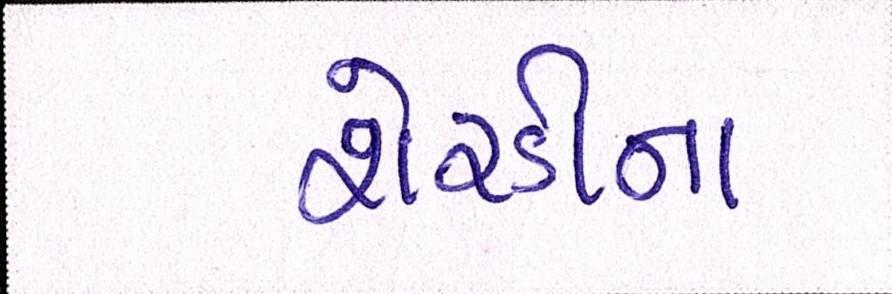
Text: શેરડીના